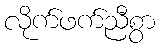
လိုက်ဖက်ညီစွာ